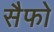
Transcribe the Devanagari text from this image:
सैफो